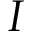
I